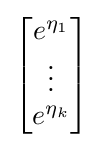
{\begin{bmatrix}e^{\eta _{1}}\\\vdots \\e^{\eta _{k}}\end{bmatrix}}